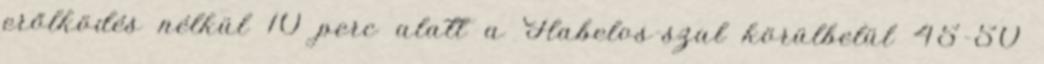
erőlködés nélkül 10 perc alatt a Flabelos-szal körülbelül 45-50